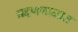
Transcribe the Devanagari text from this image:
ग्रहणकाळात